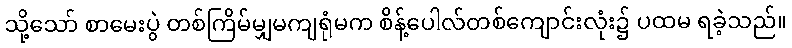
သို့သော် စာမေးပွဲ တစ်ကြိမ်မျှမကျရုံမက စိန့်ပေါလ်တစ်ကျောင်းလုံး၌ ပထမ ရခဲ့သည်။